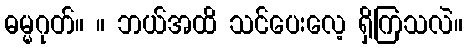
ဓမ္မဂုတ်။ ။ ဘယ်အထိ သင်ပေးလေ့ ရှိကြသလဲ။